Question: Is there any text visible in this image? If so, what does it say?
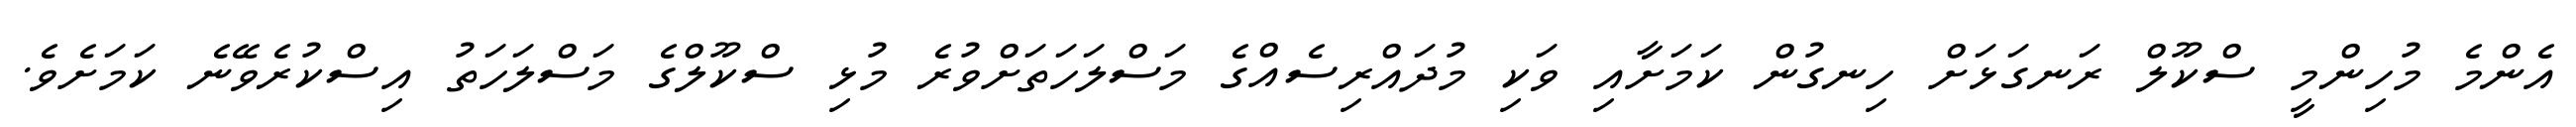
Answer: އެންމެ މުހިންމީ ސްކޫލް ރަނގަޅަށް ހިނގުން ކަމަށާއި ވަކި މުދައްރިސެއްގެ މަސްލަހަތަށްވުރެ މުޅި ސްކޫލްގެ މަސްލަހަތު އިސްކުރެވޭނެ ކަމަށެވެ.